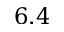
6 . 4